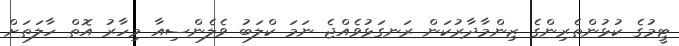
ޓީމުގެ ކުޅުންތެރިންގެ ޒިންމާދާރުކަން ރަނގަޅުވެއްޖެ ނަމަ ކްލަބު ވެލެންސިއާ މިހާރު އޮތް ހާލަތަށް